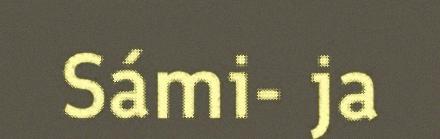
Sámi- ja